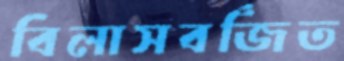
বিলাসবর্জিত